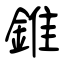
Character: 錐